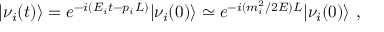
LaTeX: | \nu _ { i } ( t ) \rangle = e ^ { - i ( E _ { i } t - p _ { i } L ) } | \nu _ { i } ( 0 ) \rangle \simeq e ^ { - i ( m _ { i } ^ { 2 } / 2 E ) L } | \nu _ { i } ( 0 ) \rangle ~ ,